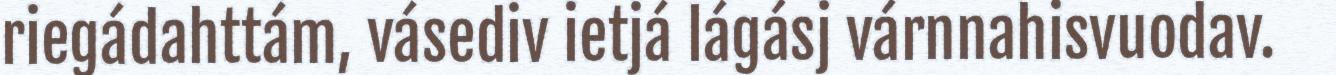
riegádahttám, vásediv ietjá lágásj várnnahisvuodav.